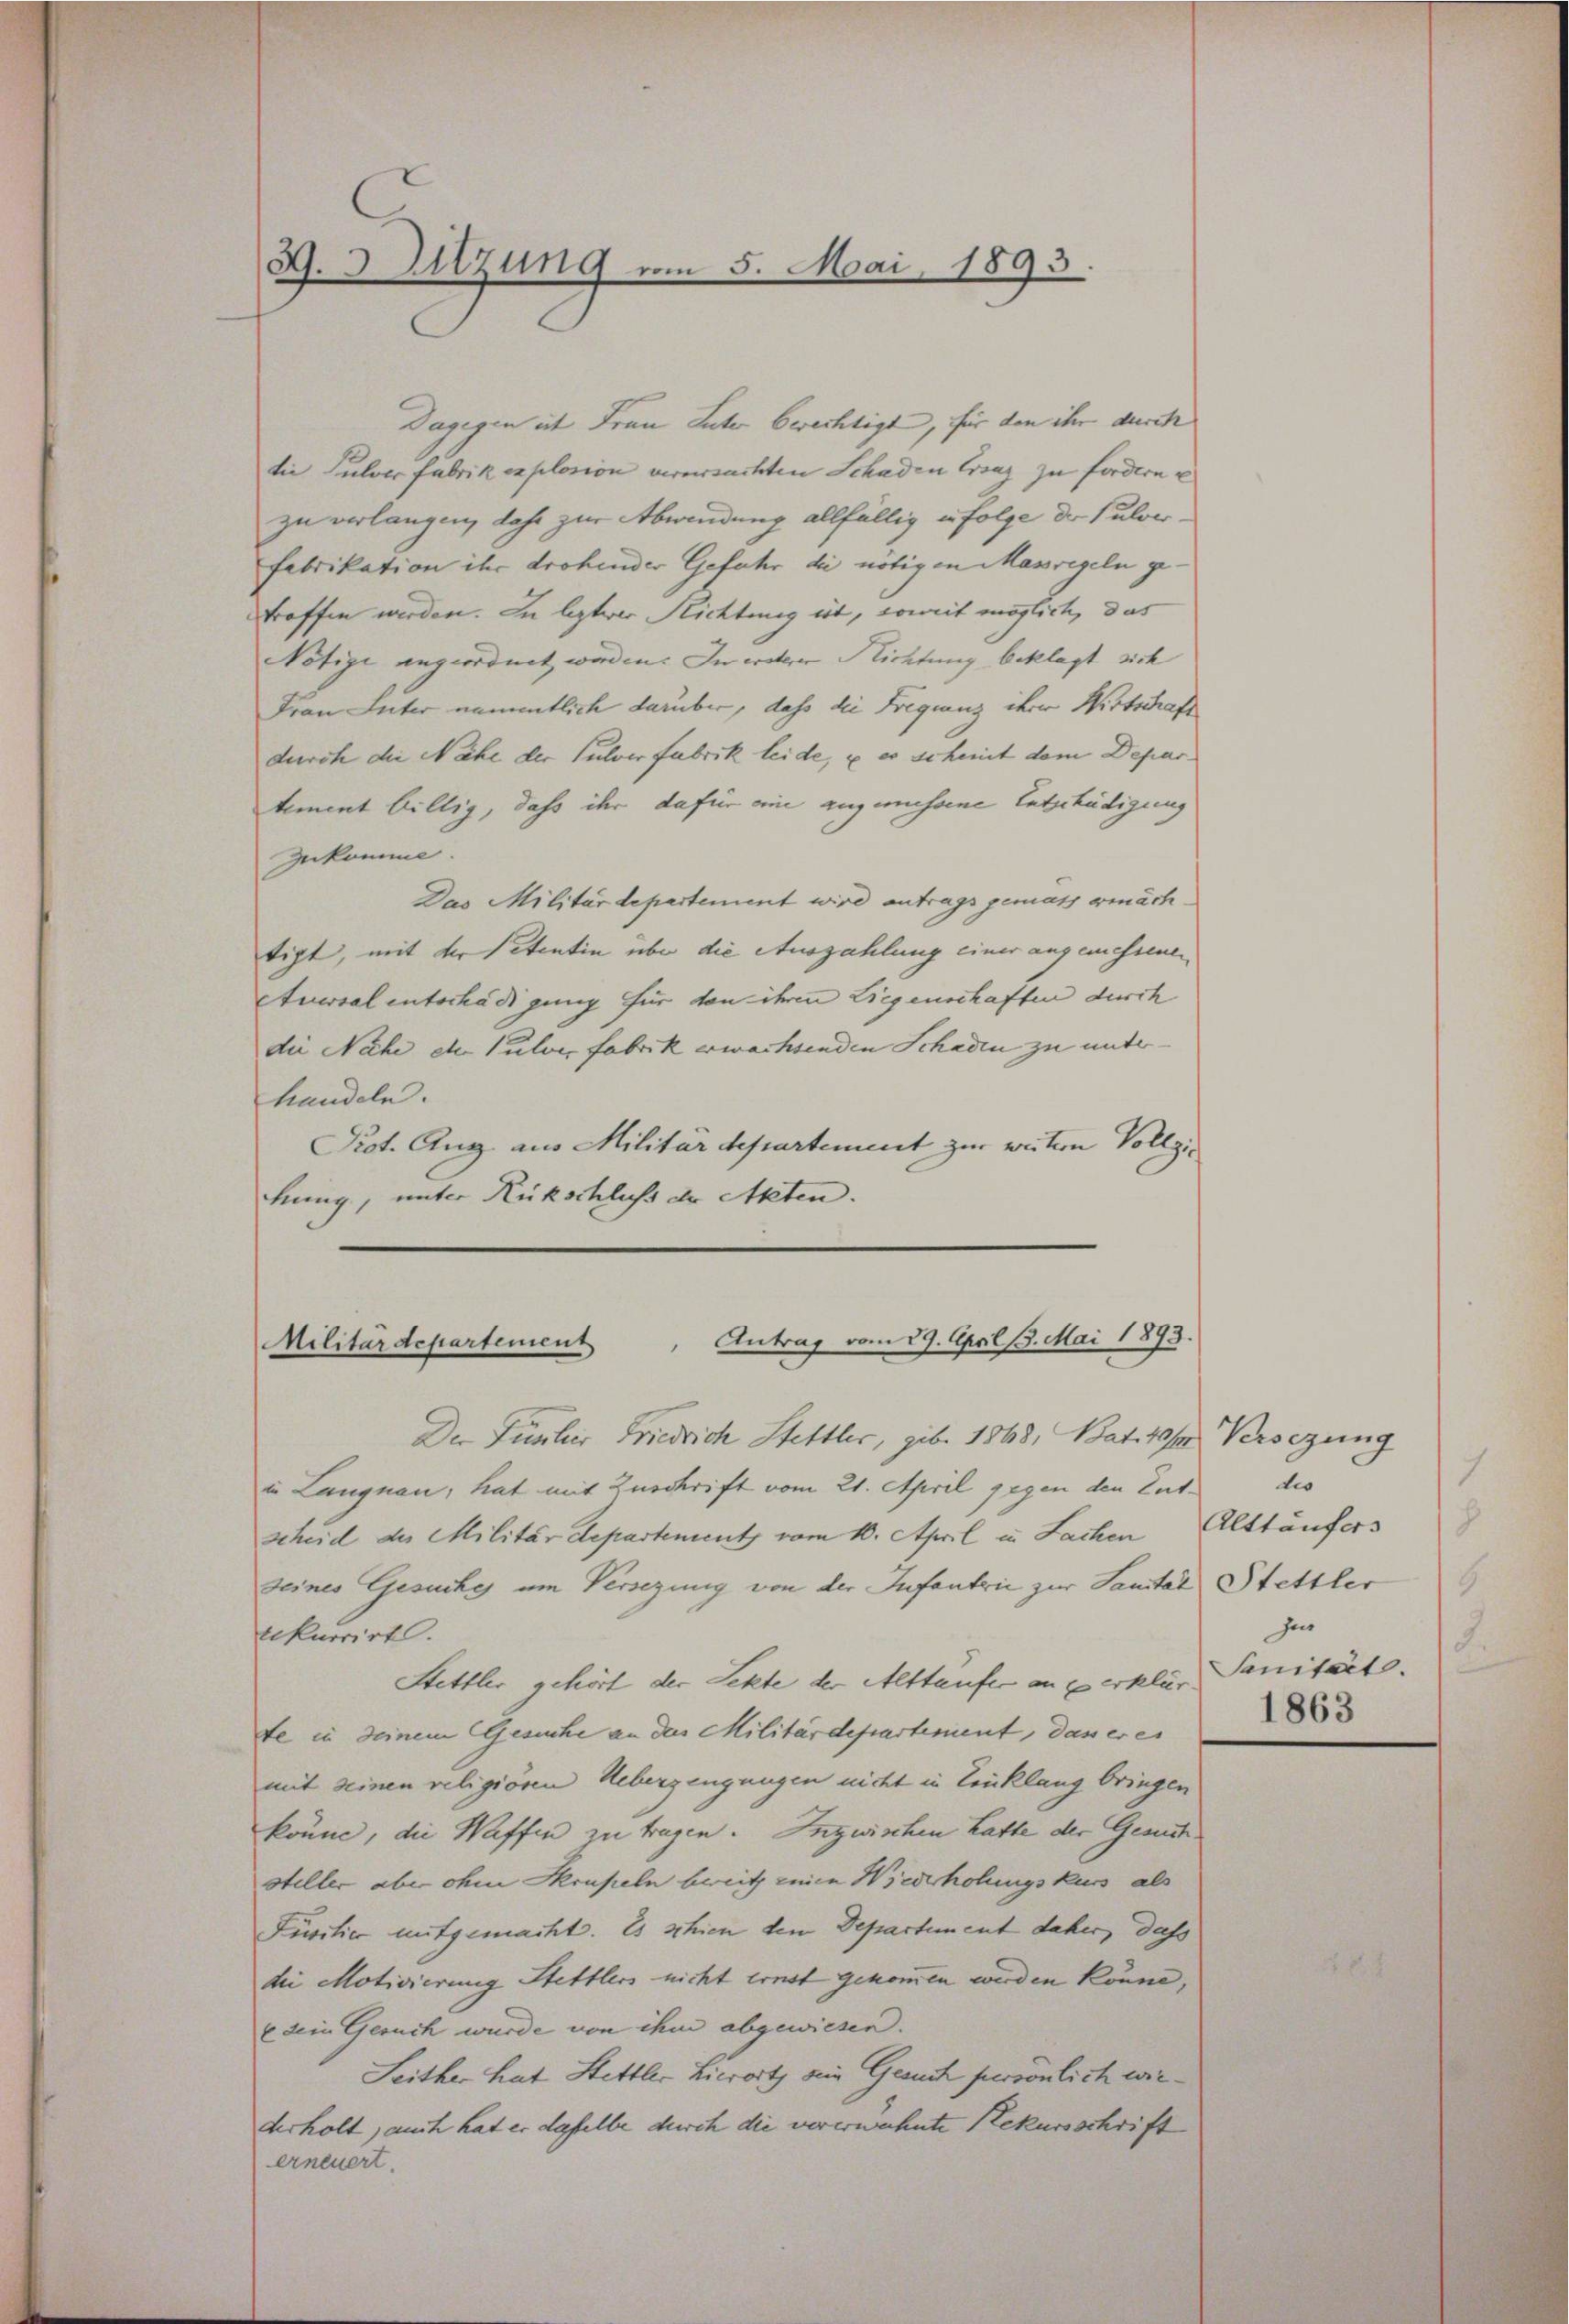
G. 3 Sitzung vom 5. Mai 1893.

Dagegen ist Frau Luter berechtigt, für den ihr durch
die Pulver fabrik explosion verursachten Schaden Grenz zu fordern u
zu verlangen, dahe zur Abwendung allfällig in folge der Pulverfabrikation ihr drohender Gefahr die nötigen Massregeln getoffen werden. In lezter Richtung et, somit möglich, das
Notize angeordnet worden. Im wetter Plichtung beklagt sich
Frau Inter namentlich darüber, dass die Frequenz ihrer Wirtschaft
durch die Nähe der Pulverfabrik leide, u es scheit dem Departiment billig, dass ihr dafür eine angemessene Entschädigung
zukomme
Das Militärdepartement wird antrags gemäss genächtigt, mit der Petentin über die Auszahlung einer angemessenen
Atversal entschädigung für den ihren Liegenschaften durch
die Nähe der Pulver Fabrik erwachsenden Schaden zu unter-
handeln.
Prot. Aug aus Militärdepartement zur weitern Vollzihung, unter Rückschluß der Akten.

Militärdepartement " Antrag vom 29. April 13. Mai 1893.

Der Füsilier Friedrich Stettler, geb. 1848, Bat. 10/4 Versezung
u. Langnau, hat mit Zuschrift vom 21. April gegen den Entscheid des Militärdepartement vom 10. April in Sachen Alttäufers
seines Gesuche um Versezung von der Infantrie zur Sanitar Stettler
rekurrirt.
Stettler gehört der Sekte der Alttäufer angerklärte in seinem Gesuche an des Militärdepartement, das er es
mit seinen religiösen Ueberzeugungen nicht in Leuklang bringen
könne, die Waffen zu tragen. Inzwischen hatte der Gesuch
steller aber ohne Skrupeln bereitz einen Wiederholungskurs als
Füsilie mitgemacht. Es schien den Departement daher, dass
die Motivierung Stettlers nicht ernst gekommen werden könne,
E sein Geruch wurde von ihm abgewiesen.
Seither hat Stettler Lierort ein Gesuch persönlich wirderholt, auch hat er daselbe durch die vererwehnte Rekursschrift
erneuert.

tio
.
zu
d
Sanität.
1863